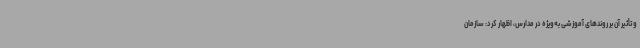
و تأثیر آن بر روندهای آموزشی به‌ویژه در مدارس، اظهار کرد: سازمان